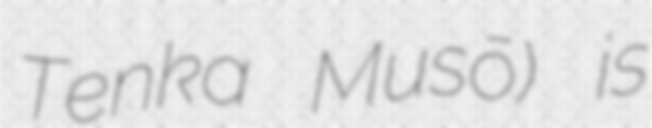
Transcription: Tenka Musō) is